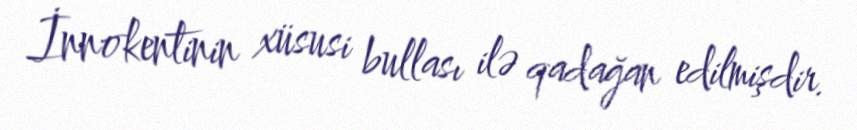
İnnokentinin xüsusi bullası ilə qadağan edilmişdir.